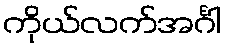
ကိုယ်လက်အင်္ဂါ